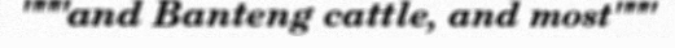
"""and Banteng cattle, and most"""